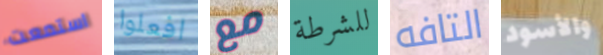
استمعت افعلوا مع للشرطة التافه والأسود